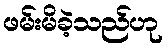
ဖမ်းမိခဲ့သည်ဟု